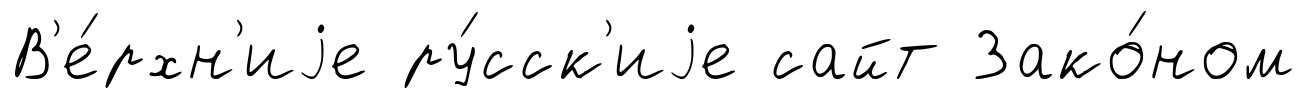
В'е́рхн'иjе ру́сск'иjе сайт Зако́ном